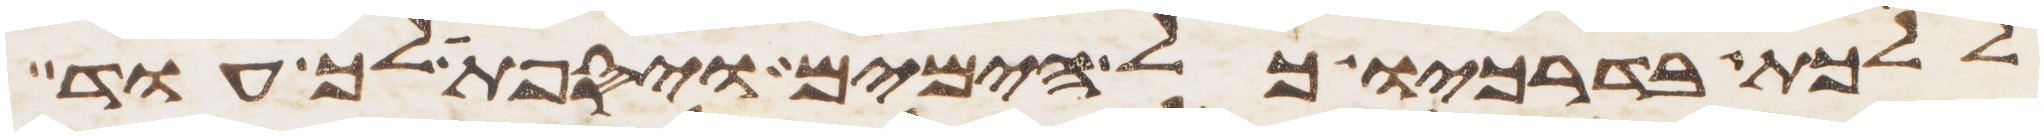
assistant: ללכת בדרכיו כל הימים ויספת לך עוד